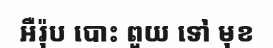
អឺរ៉ុប បោះ ពួយ ទៅ មុខ